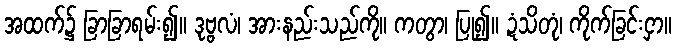
အထက်၌ ခြာခြာရမ်း၍။ ဒုဗ္ဗလံ၊ အားနည်းသည်ကို။ ကတွာ၊ ပြု၍။ ဍံသိတုံ၊ ကိုက်ခြင်းငှာ။